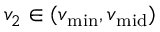
v _ { 2 } \in ( v _ { \operatorname* { m i n } } , v _ { \mathrm { m i d } } )